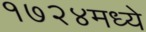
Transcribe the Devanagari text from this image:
१७२४मध्ये